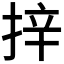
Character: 𭡄